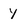
Character: Y